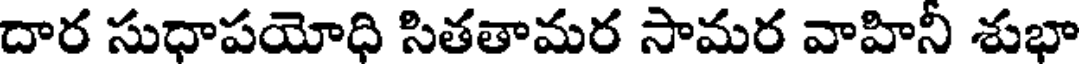
దార సుధాపయోధి సితతామర సామర వాహినీ శుభా